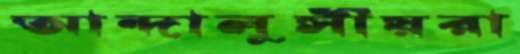
আন্দালুসীয়রা